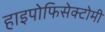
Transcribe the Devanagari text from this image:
हाइपोफिसेक्टोमी